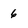
Character: 6